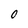
Character: O